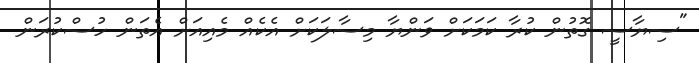
"ސިޔާސީ ގޮތުން ކުރާ ކަމަކަށް ވަންޔާ މިސާލަކަށް އެކެއް މެއިއަށް އެތަން ހުސްކުރަން